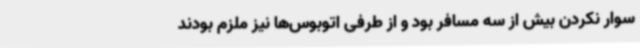
سوار نکردن بیش از سه مسافر بود و از طرفی اتوبوس‌ها نیز ملزم بودند